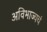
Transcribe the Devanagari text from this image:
अविभाज्यचं